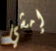
إمشي